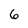
Character: 6